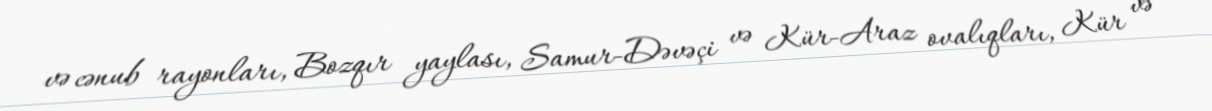
və cənub rayonları, Bozqır yaylası, Samur-Dəvəçi və Kür-Araz ovalıqları, Kür və